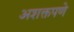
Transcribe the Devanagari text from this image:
अशक्तपणे